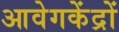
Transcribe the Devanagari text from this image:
आवेगकेंद्रों